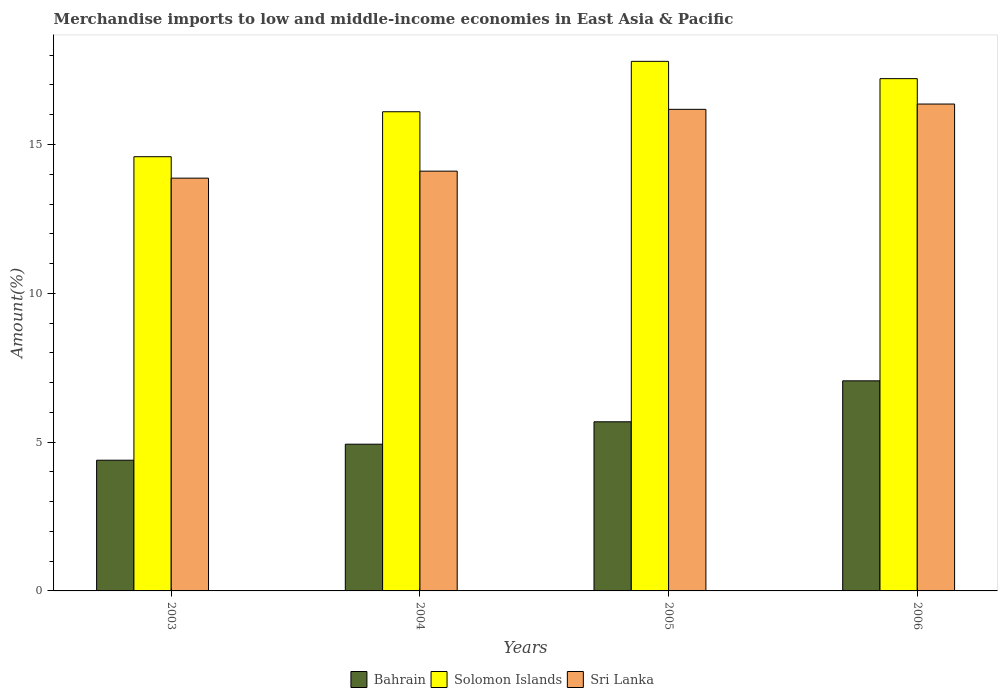
| Years | Bahrain | Solomon Islands | Sri Lanka |
 | --- | --- | --- | --- |
 | 2003 | 4.39 | 14.6 | 13.9 |
 | 2004 | 4.93 | 16.1 | 14.1 |
 | 2005 | 5.68 | 17.8 | 16.2 |
 | 2006 | 7.06 | 17.2 | 16.4 |